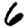
Digit: 6